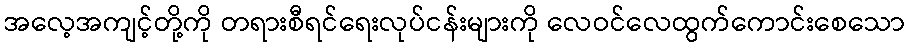
အလေ့အကျင့်တို့ကို တရားစီရင်ရေးလုပ်ငန်းများကို လေဝင်လေထွက်ကောင်းစေသော